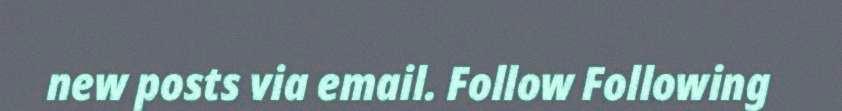
new posts via email. Follow Following